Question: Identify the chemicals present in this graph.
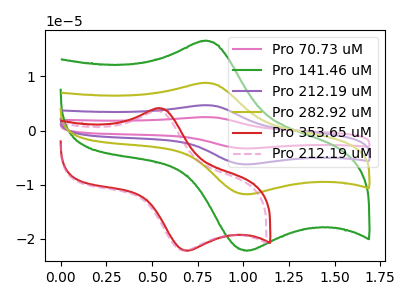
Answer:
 <answer>The pink curve is labeled "Pro 70.73 uM". The green curve is labeled "Pro 141.46 uM". The purple curve is labeled "Pro 212.19 uM". The olive curve is labeled "Pro 282.92 uM". The red curve is labeled "Pro 353.65 uM". The pink dashed curve is labeled "Pro 212.19 uM".</answer>
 <eval></eval>